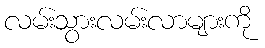
လမ်းသွားလမ်းလာများကို